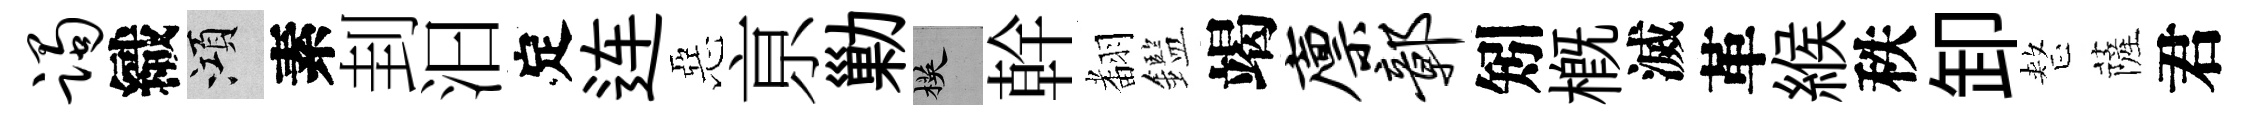
躅織澒素刲汩定连惡亰勦楧幹𮋒鑑竭廪鄣矧概滅革緱秩卸整薩君